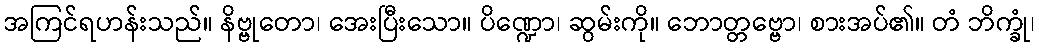
အကြင်ရဟန်းသည်။ နိဗ္ဗုတော၊ အေးပြီးသော။ ပိဏ္ဍော၊ ဆွမ်းကို။ ဘောတ္တဗ္ဗော၊ စားအပ်၏။ တံ ဘိက္ခုံ၊